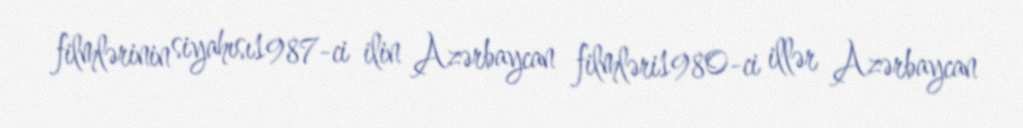
filmlərinin siyahısı1987-ci ilin Azərbaycan filmləri1980-ci illər Azərbaycan